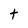
Character: t